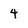
Character: 4